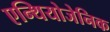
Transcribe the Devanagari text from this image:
एन्थियोजेनिक